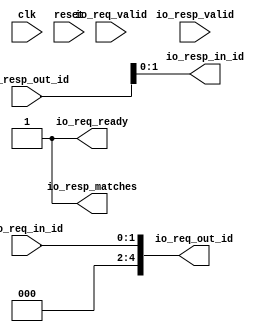
module IdMapper(
  input   clk,
  input   reset,
  input   io_req_valid,
  output  io_req_ready,
  input  [1:0] io_req_in_id,
  output [4:0] io_req_out_id,
  input   io_resp_valid,
  output  io_resp_matches,
  input  [4:0] io_resp_out_id,
  output [1:0] io_resp_in_id
);
  assign io_req_ready = 1'h1;
  assign io_req_out_id = {{3'd0}, io_req_in_id};
  assign io_resp_matches = 1'h1;
  assign io_resp_in_id = io_resp_out_id[1:0];
endmodule